Indian journal of veterinary science and animal husbandry - Volume 6,
Year: 1936
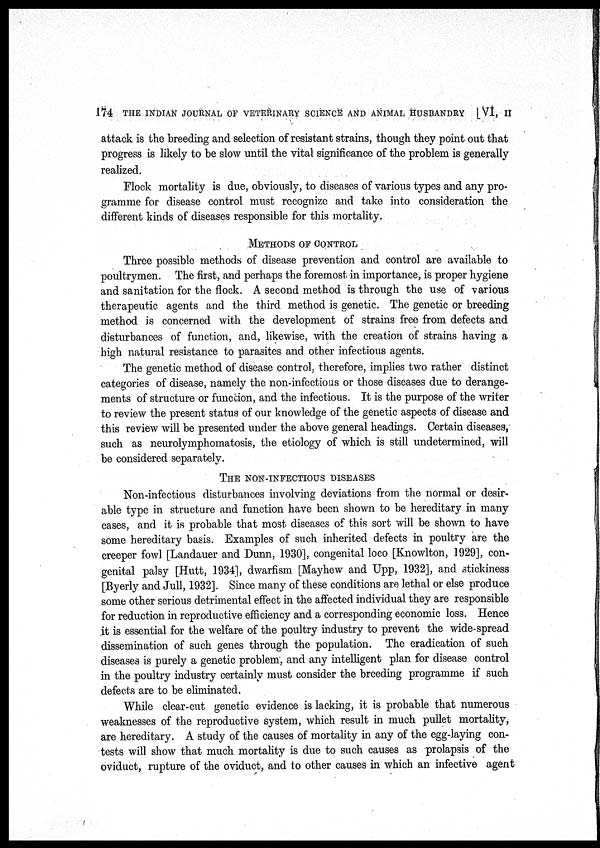
174 THE INDIAN JOURNAL OF VETERINARY SCIENCE AND ANIMAL HUSBANDRY [ VI, II
attack is the breeding and selection of resistant strains, though they point out that
progress is likely to be slow until the vital significance of the problem is generally
realized.
Flock mortality is due, obviously, to diseases of various types and any pro-
gramme for disease control must recognize and take into consideration the
different kinds of diseases responsible for this mortality.
METHODS OF CONTROL
Three possible methods of disease prevention and control are available to
poultrymen. The first, and perhaps the foremost in importance, is proper hygiene
and sanitation for the flock. A second method is through the use of various
therapeutic agents and the third method is genetic. The genetic or breeding
method is concerned with the development of strains free from defects and
disturbances of function, and, likewise, with the creation of strains having a
high natural resistance to parasites and other infectious agents.
The genetic method of disease control, therefore, implies two rather distinct
categories of disease, namely the non-infectious or those diseases due to derange-
ments of structure or function, and the infectious. It is the purpose of the writer
to review the present status of our knowledge of the genetic aspects of disease and
this review will be presented under the above general headings. Certain diseases,
such as neurolymphomatosis, the etiology of which is still undetermined, will
be considered separately.
THE NON-INFECTIOUS DISEASES
Non-infectious disturbances involving deviations from the normal or desir-
able type in structure and function have been shown to be hereditary in many
cases, and it is probable that most diseases of this sort will be shown to have
some hereditary basis. Examples of such inherited defects in poultry are the
creeper fowl [Landauer and Dunn, 1930], congenital loco [Knowlton, 1929], con-
genital palsy [Hutt, 1934], dwarfism [Mayhew and Upp, 1932], and stickiness
[Byerly and Jull, 1932]. Since many of these conditions are lethal or else produce
some other serious detrimental effect in the affected individual they are responsible
for reduction in reproductive efficiency and a corresponding economic loss. Hence
it is essential for the welfare of the poultry industry to prevent the wide-spread
dissemination of such genes through the population. The eradication of such
diseases is purely a genetic problem, and any intelligent plan for disease control
in the poultry industry certainlv must consider the breeding programme if such
defects are to be eliminated.
While clear-cut genetic evidence is lacking, it is probable that numerous
weaknesses of the reproductive system, which result in much pullet mortality,
are hereditary. A study of the causes of mortality in any of the egg-laying con-
tests will show that much mortality is due to such causes as prolapsis of the
oviduct, rupture of the oviduct, and to other causes in which an infective agent